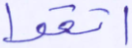
اتقوا